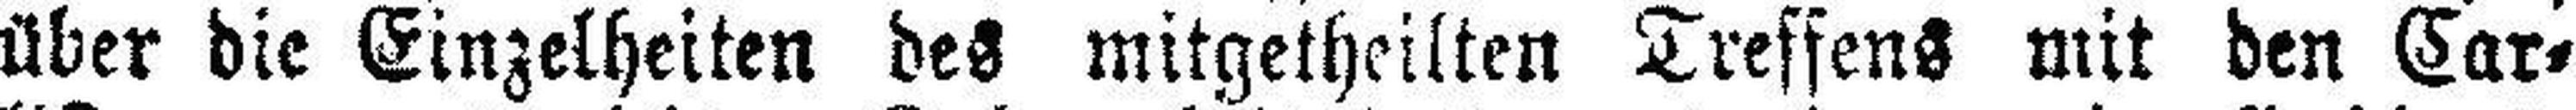
über die Einzelheiten des mitgetheilten Treffens mit den Car¬